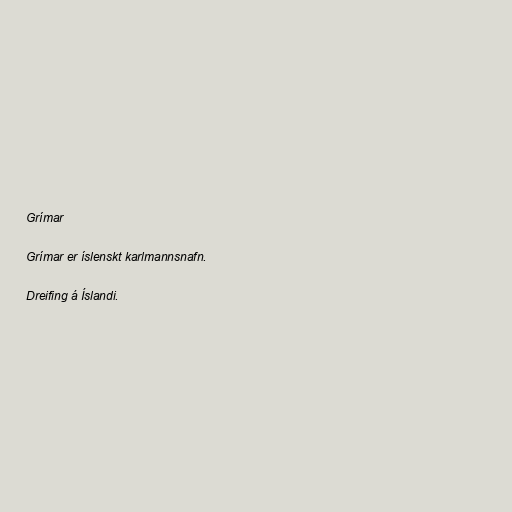
Grímar

Grímar er íslenskt karlmannsnafn.

Dreifing á Íslandi.